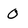
Character: 0